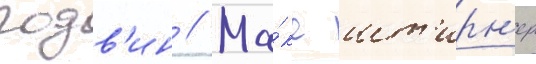
годв'ин // Ма́кс шт'ирн'ер